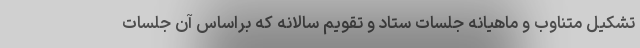
تشکیل متناوب و ماهیانه جلسات ستاد و تقویم سالانه که براساس آن جلسات